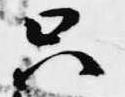
只